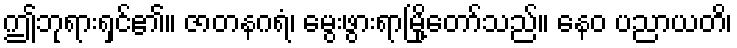
ဤဘုရားရှင်၏။ ဇာတနဂရံ၊ မွေးဖွားရာမြို့တော်သည်။ နေဝ ပညာယတိ၊